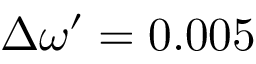
\Delta \omega ^ { \prime } = 0 . 0 0 5